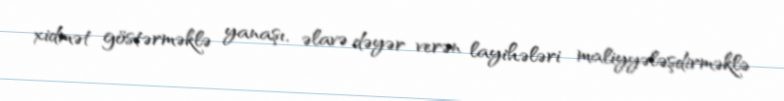
xidmət göstərməklə yanaşı, əlavə dəyər verən layihələri maliyyələşdirməklə